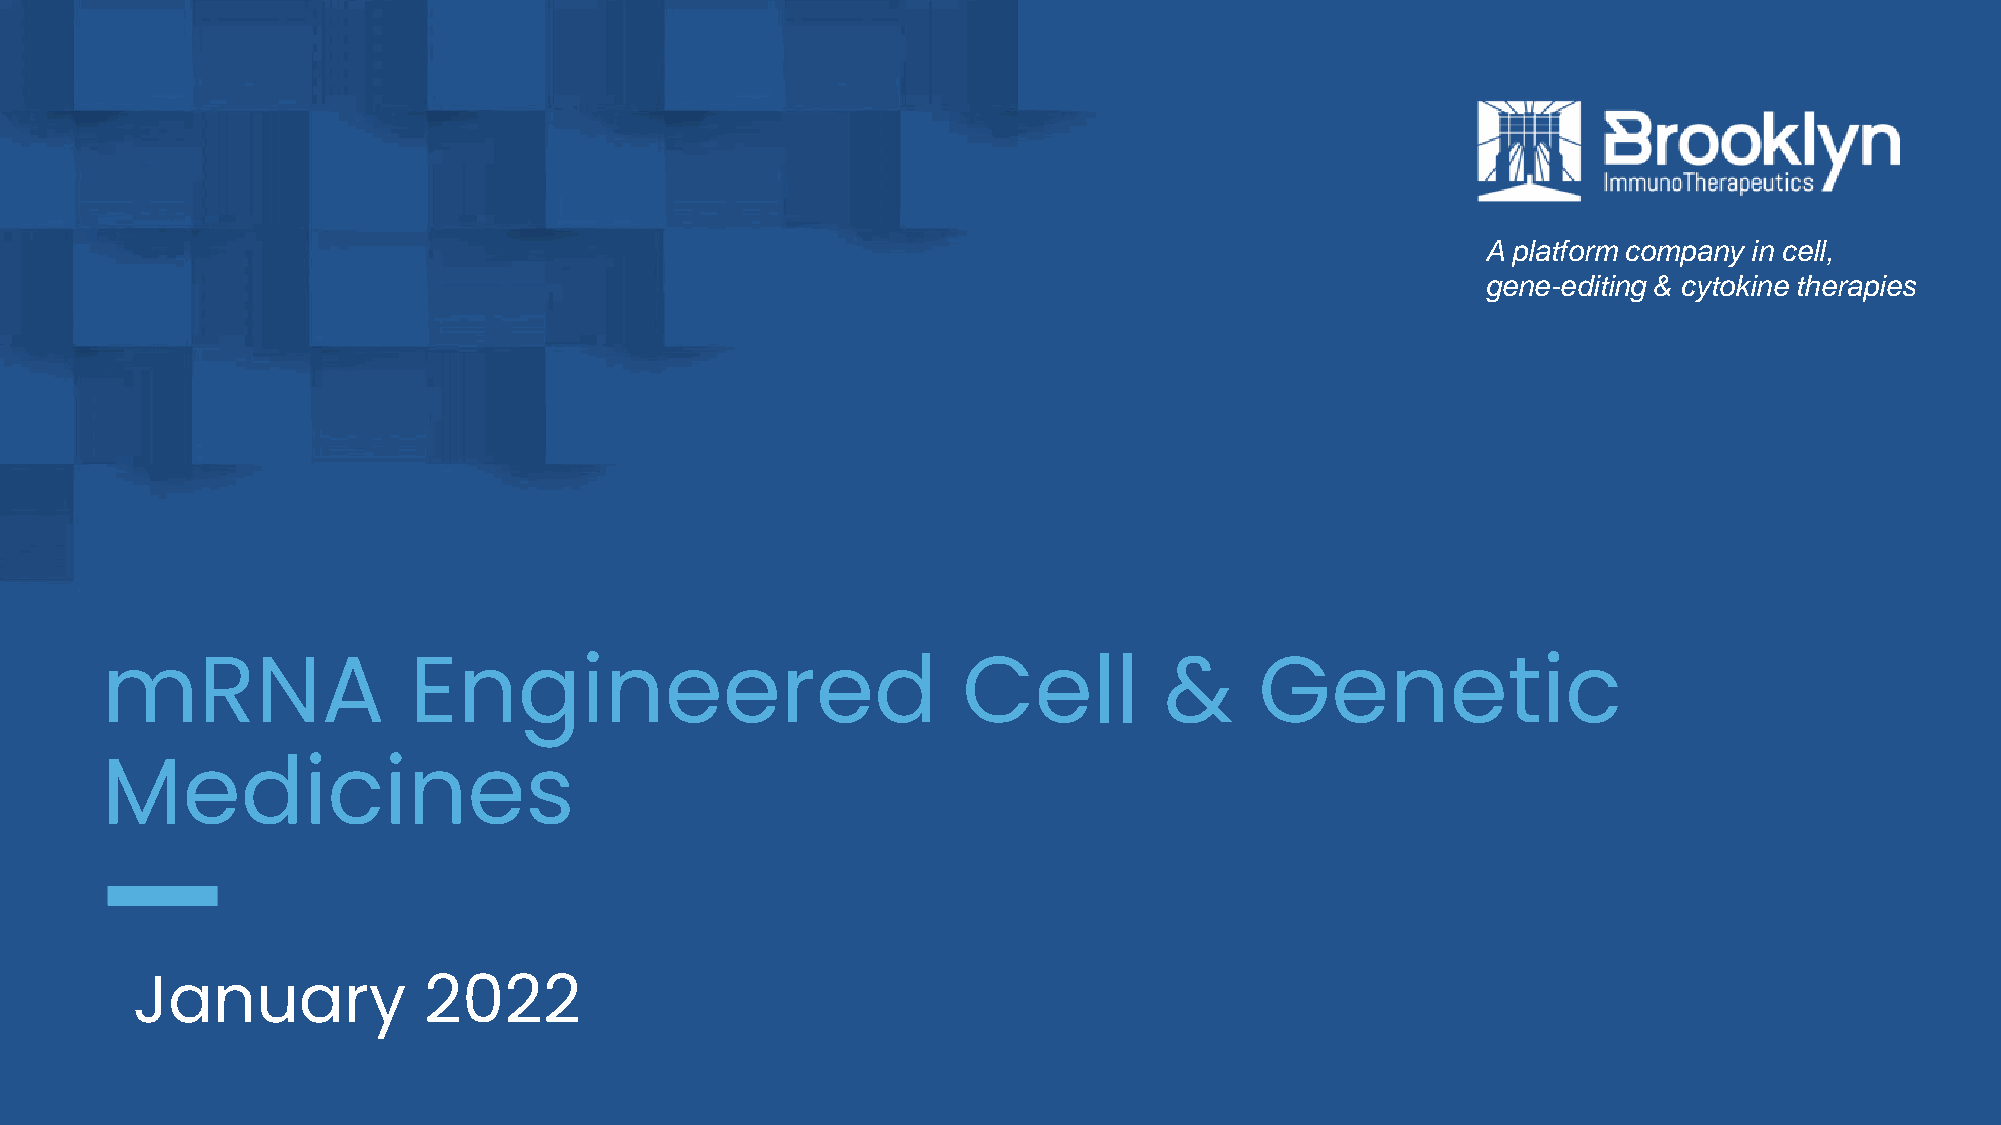
A platform company in cell,
 gene-editing & cytokine therapies
 mRNA                Engineered                           Cell         &     Genetic
 Medicines
 January            2022